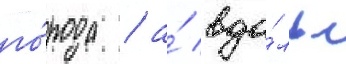
го́рода / а́ вдо́ль